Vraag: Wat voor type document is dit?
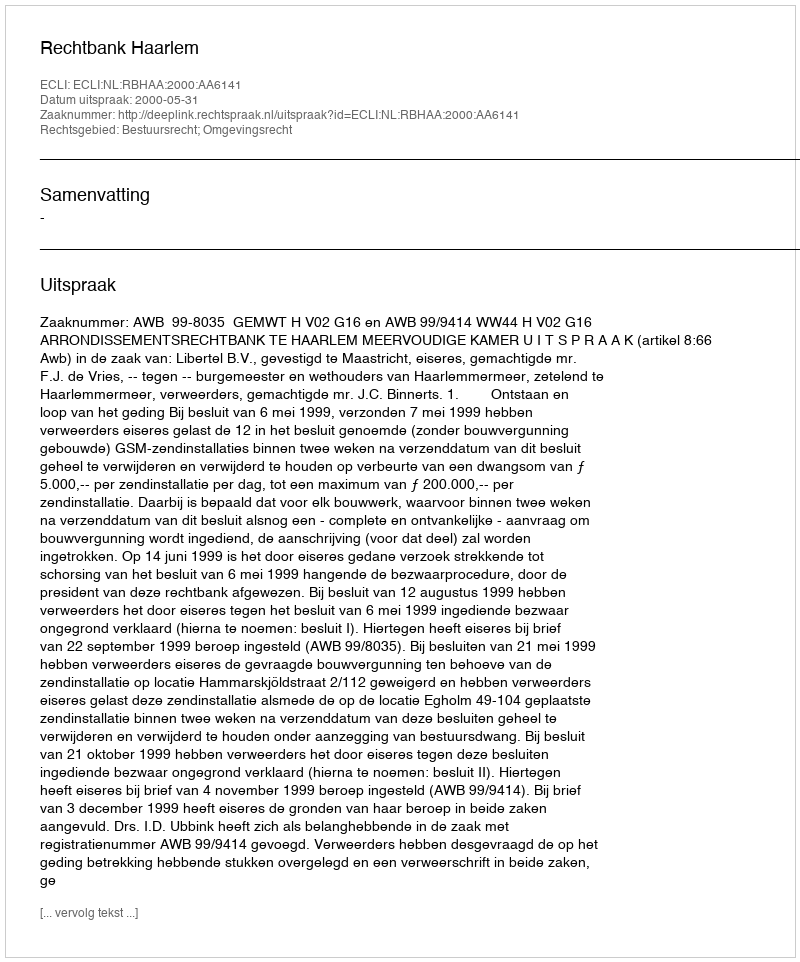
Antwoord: Uitspraak